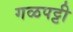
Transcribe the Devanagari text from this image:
गळपट्टी